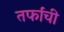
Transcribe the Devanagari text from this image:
तर्फांची